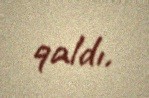
qaldı.